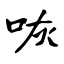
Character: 咴